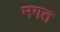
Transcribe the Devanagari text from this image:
मगत